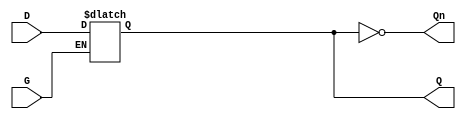
module dual_input_gated_latch (
    input wire D,       // Data Input
    input wire G,       // Gate/Control Input
    output reg Q,       // Output
    output wire Qn      // Inverted Output
);

// Invert output Q for Qn
assign Qn = ~Q;

// Always block to model the behavior of the gated latch
always @ (D or G) begin
    if (G) begin
        // When G is high, Q follows D
        Q <= D;
    end
    // When G is low, Q retains its last value
end

endmodule